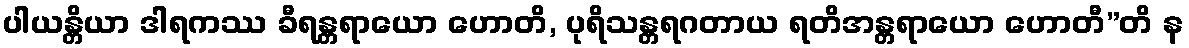
ပါယန္တိယာ ဒါရကဿ ခီရန္တရာယော ဟောတိ, ပုရိသန္တရဂတာယ ရတိအန္တရာယော ဟောတီ”တိ န